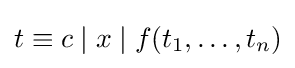
t\equiv c\mid x\mid f(t_{1},\dotsc ,t_{n})